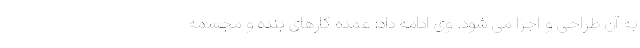
به آن طراحی و اجرا می شود. وی ادامه داد: عمده کارهای بنده و مجسمه